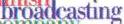
broadcasting